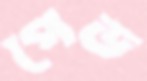
পেড